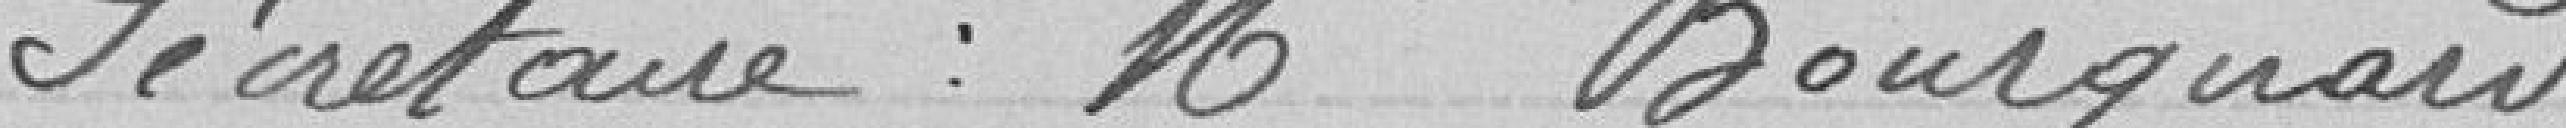
Secrétaire : Monsieur Bourquard